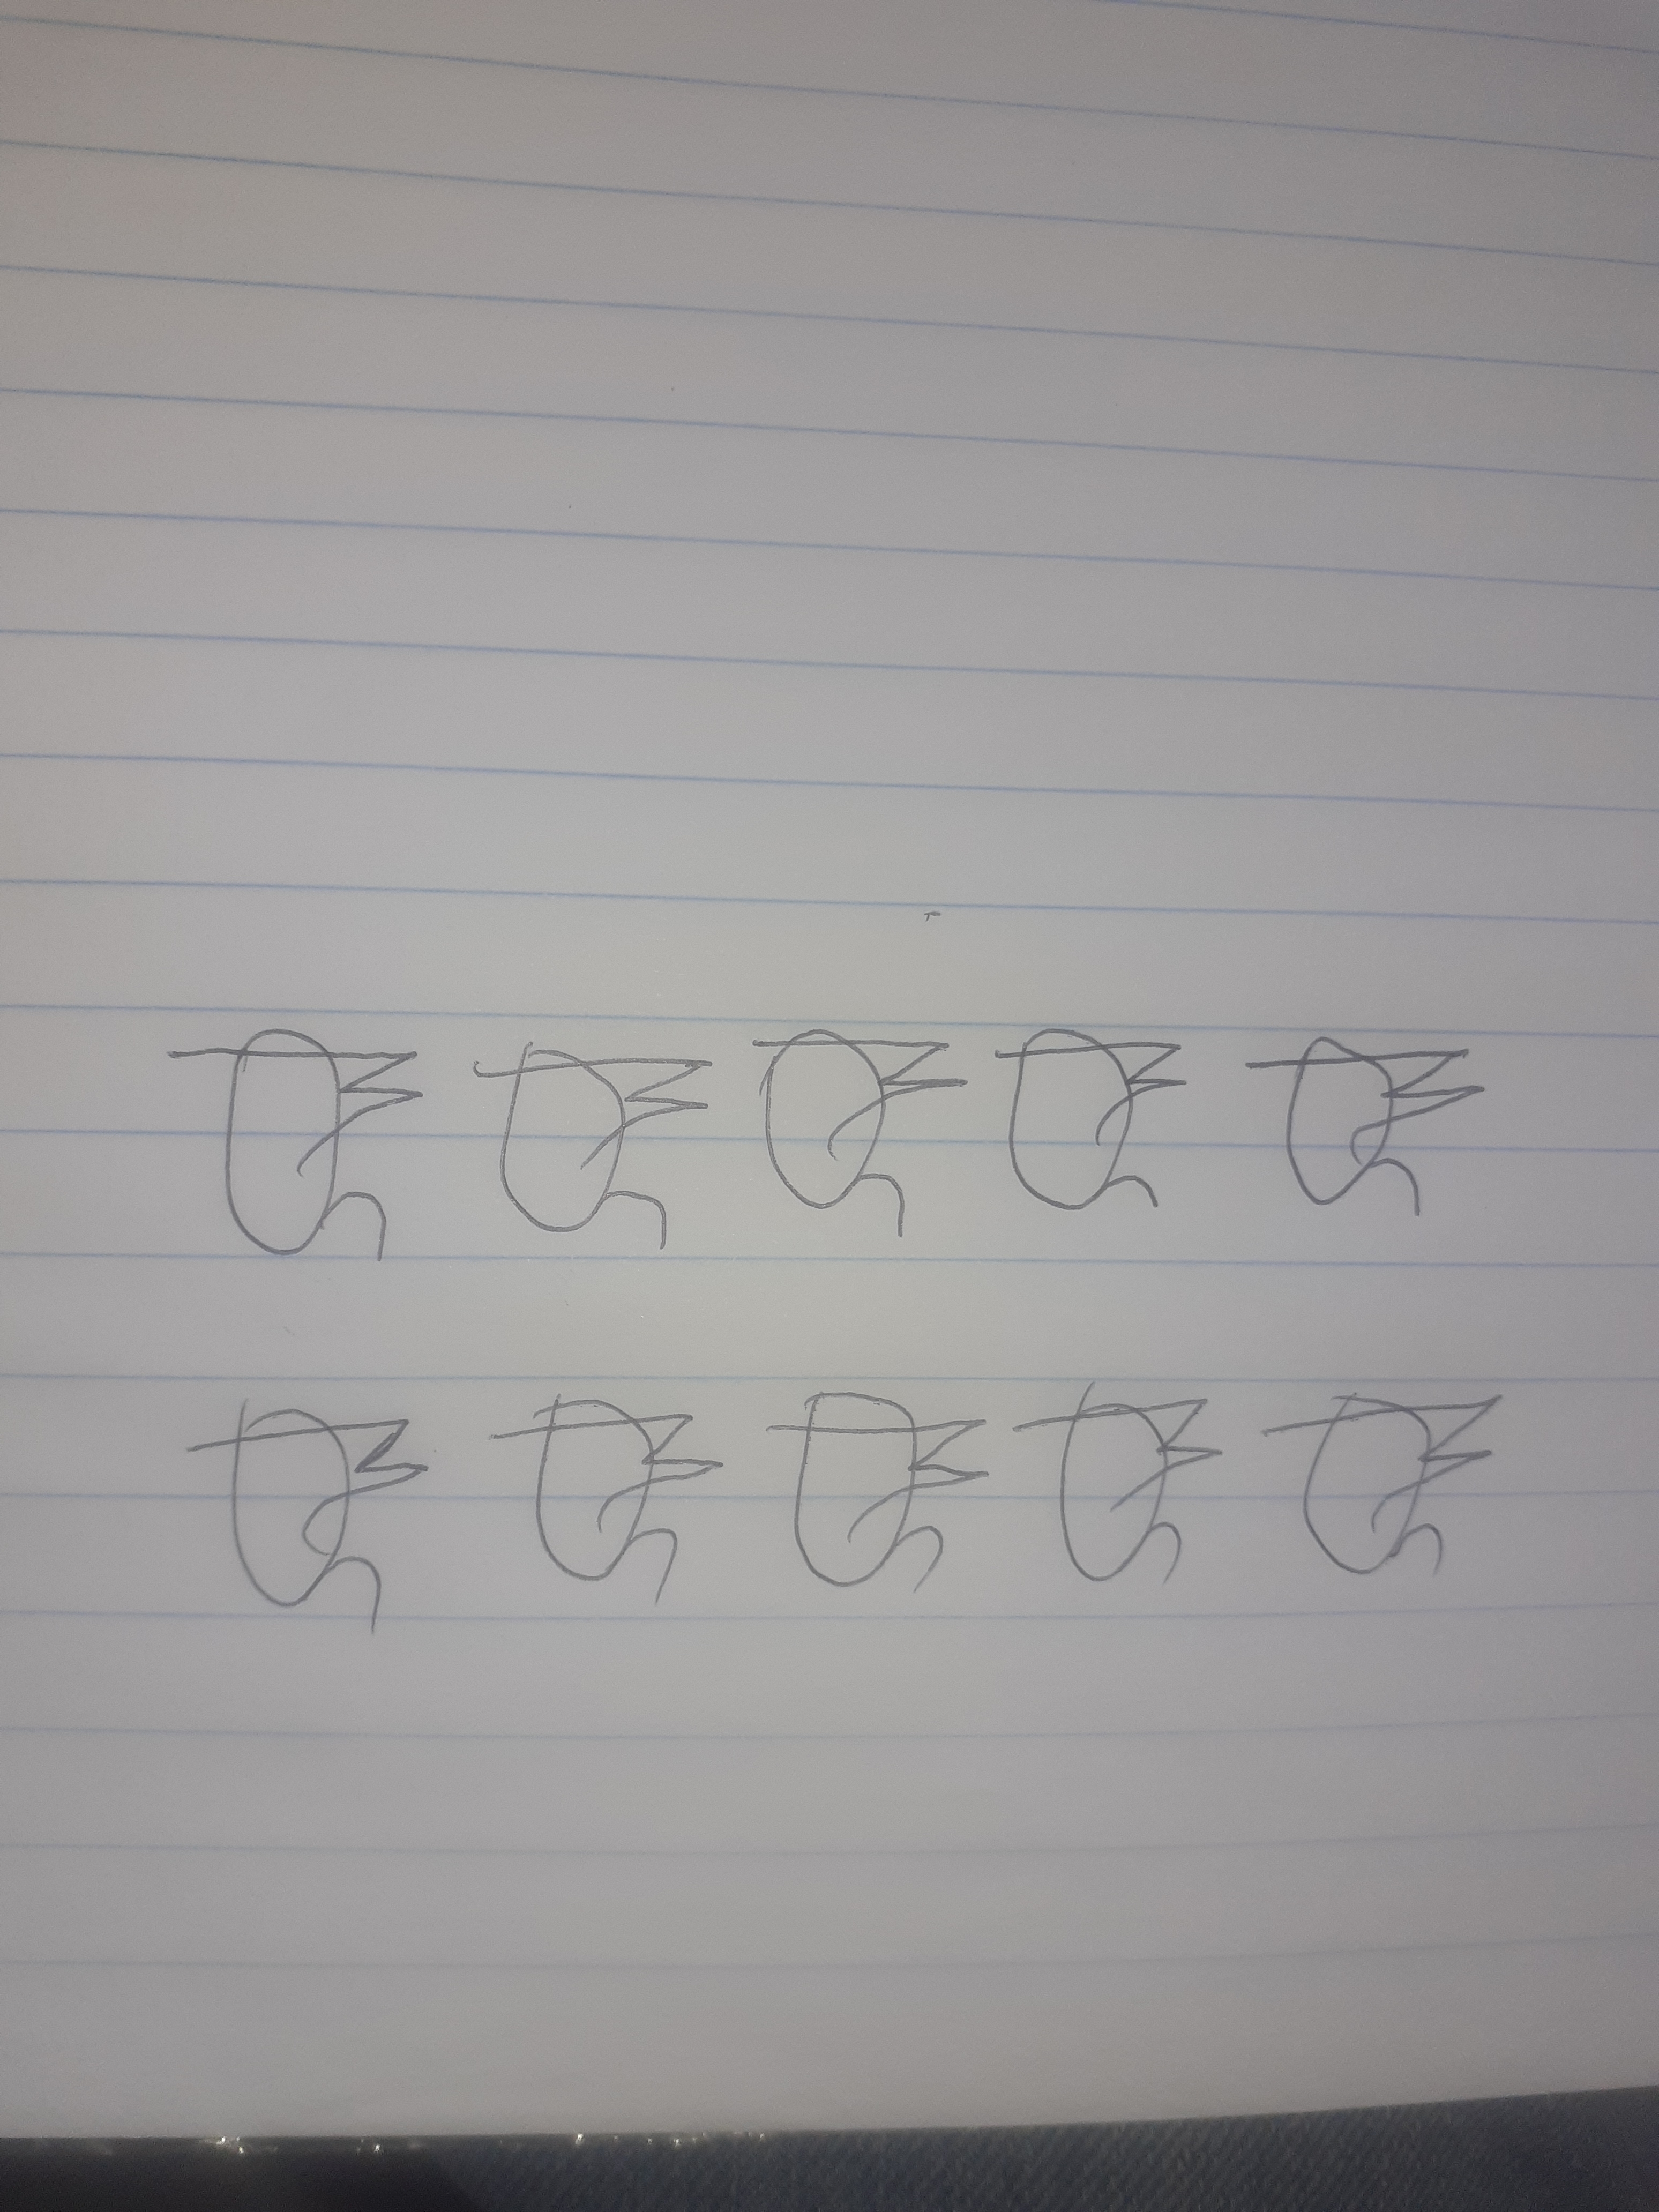
Signature authenticity: forged